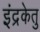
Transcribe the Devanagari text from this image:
इंद्रकेतु